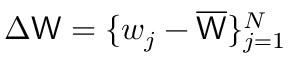
\Delta \mathsf { W } = \{ \boldsymbol { w } _ { j } - \overline { { \mathsf { W } } } \} _ { j = 1 } ^ { N }